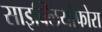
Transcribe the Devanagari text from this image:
साइक्लियोफोरा